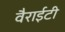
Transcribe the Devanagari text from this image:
वैराईटी